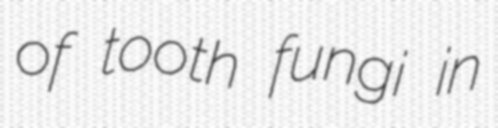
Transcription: of tooth fungi in